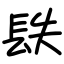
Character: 镻